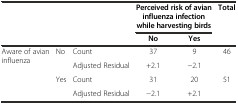
<table><thead><tr><td rowspan="2" colspan="3"></td><td colspan="2"><b>Perceived risk of avian influenza infection while harvesting birds</b></td><td rowspan="2"><b>Total</b></td></tr><tr><td><b>No</b></td><td><b>Yes</b></td></tr></thead><tbody><tr><td rowspan="4">Aware of avian influenza</td><td rowspan="2">No</td><td>Count</td><td>37</td><td>9</td><td>46</td></tr><tr><td>Adjusted Residual</td><td>+2.1</td><td>-2.1</td><td></td></tr><tr><td rowspan="2">Yes</td><td>Count</td><td>31</td><td>20</td><td>51</td></tr><tr><td>Adjusted Residual</td><td>-2.1</td><td>+2.1</td><td></td></tr></tbody></table>